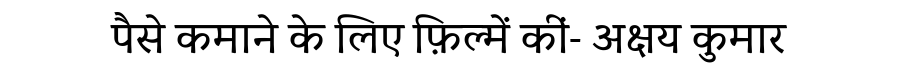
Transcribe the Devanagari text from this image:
पैसे कमाने के लिए फ़िल्में कीं- अक्षय कुमार